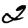
Digit: 2